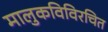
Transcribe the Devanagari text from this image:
मालुकविविरचित